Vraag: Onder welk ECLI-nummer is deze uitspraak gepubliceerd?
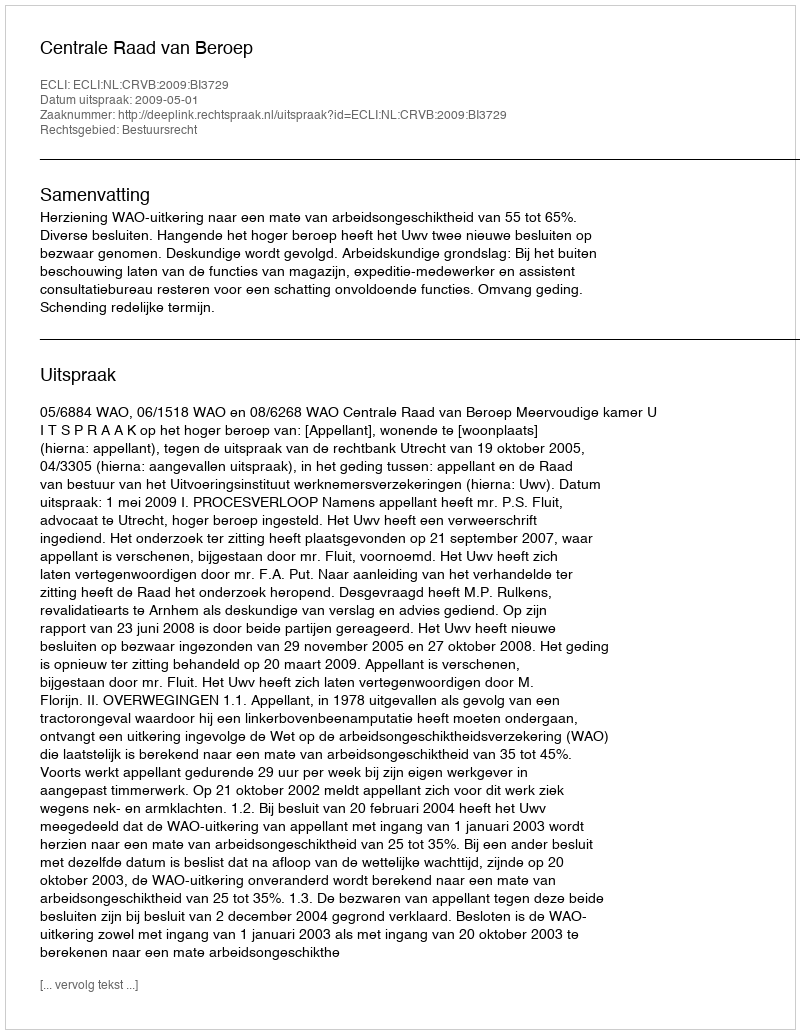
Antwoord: ECLI:NL:CRVB:2009:BI3729